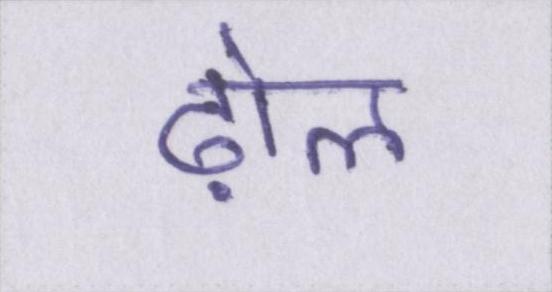
ढ़ोल